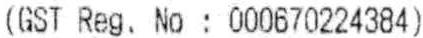
(GST REG. NO : 000670224384)